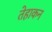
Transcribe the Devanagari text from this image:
तेहाकन